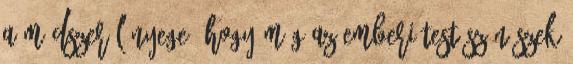
A módszer lényege, hogy míg az emberi test színészek